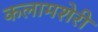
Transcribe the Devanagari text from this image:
कलामशेरी